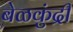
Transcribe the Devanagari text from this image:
बेळकुंद्री